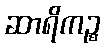
ဆာရိကဉ္စ